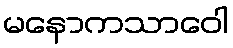
မနောကသာဝေါ